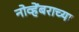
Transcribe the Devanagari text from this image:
नोव्हेंबराच्या